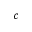
c